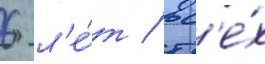
6 л'е́т / вс'е́х